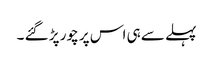
پہلے سے ہی اس پر چور پڑ گئے ۔